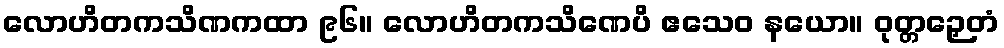
လောဟိတကသိဏကထာ ၉၆။ လောဟိတကသိဏေပိ ဧသေဝ နယော။ ဝုတ္တဉှေတံ